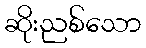
ဆိုးညစ်သော